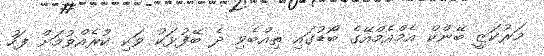
މަރުކަޒީ ބޭންކް އެމްއެމްއޭގެ ބޯޑުގައި ތިއްބެވި ދެ ބޭފުޅަކު ވަކި ކުރެއްވުމަށް ފަހު